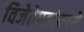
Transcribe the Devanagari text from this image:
विजेतेपदांमध्ये